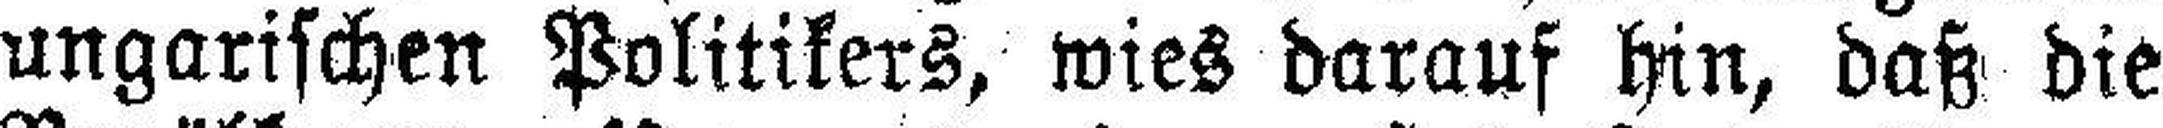
ungarischen Politikers, wies darauf hin, daß die